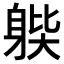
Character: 𨉊